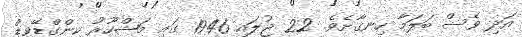
އަދި ވެސް ބަލަމާ ހިނގާށެވެެ. 22 ޖުލައި 1946 ގައި މަޝްހޫރު ކިންގްޑޭވިޑް